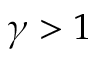
\gamma > 1